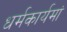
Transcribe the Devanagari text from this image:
धर्मकार्यमां